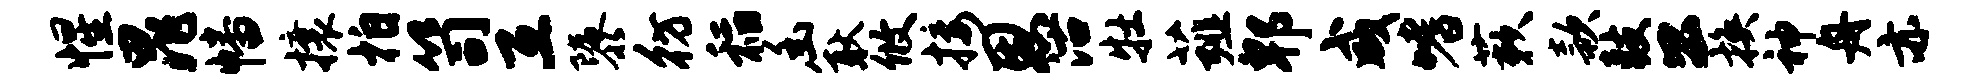
惺晁幡攘拍笥互隳彷稻幽耿攸接恩沽牡薤郫咸嗜蔌款鼓公换神舟亦